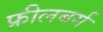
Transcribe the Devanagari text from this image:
फ्रीलबर्ग